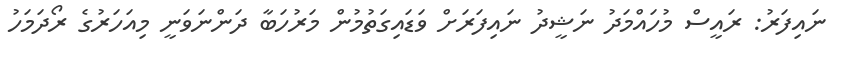
ނައިފަރު: ރައީސް މުހައްމަދު ނަޝީދު ނައިފަރަށް ވަޑައިގަތުމުން މަރުހަބާ ދަންނަވަނީ މިއަހަރުގެ ރޯދަމަހު